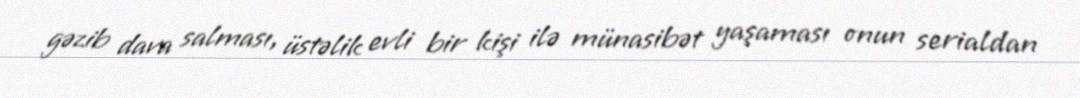
gəzib dava salması, üstəlik evli bir kişi ilə münasibət yaşaması onun serialdan